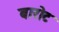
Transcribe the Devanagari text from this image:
बारोट